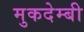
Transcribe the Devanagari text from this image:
मुकदेम्बी